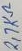
Text: 2,7KΩ